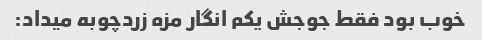
خوب بود فقط جوجش یکم انگار مزه زردچوبه میداد: